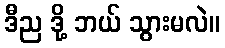
ဒီည ဒို့ ဘယ် သွားမလဲ။